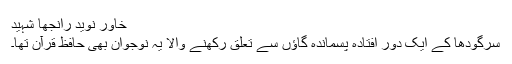
خاور نوید رانجھا شہید
سرگودھا کے ایک دور اُفتادہ پسماندہ گاؤں سے تعلق رکھنے والا یہ نوجوان بھی حافظ قرآن تھا۔